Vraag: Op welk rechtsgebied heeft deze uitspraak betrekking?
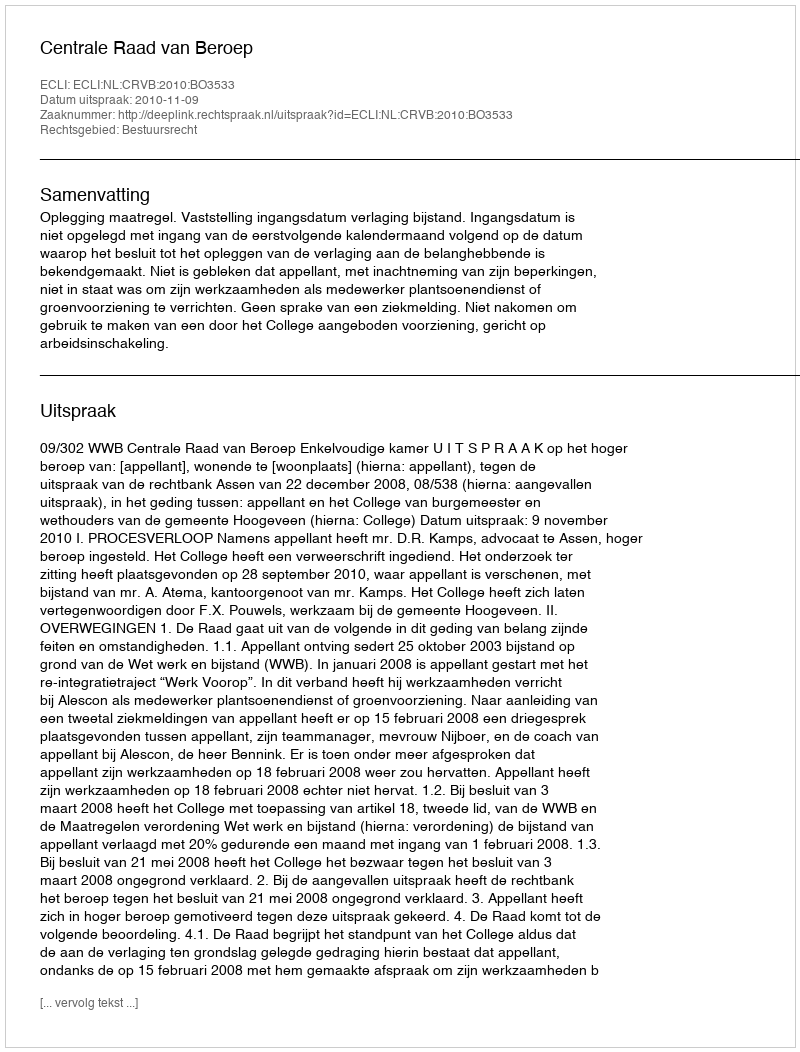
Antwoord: Bestuursrecht